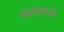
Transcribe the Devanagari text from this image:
तटामध्ये